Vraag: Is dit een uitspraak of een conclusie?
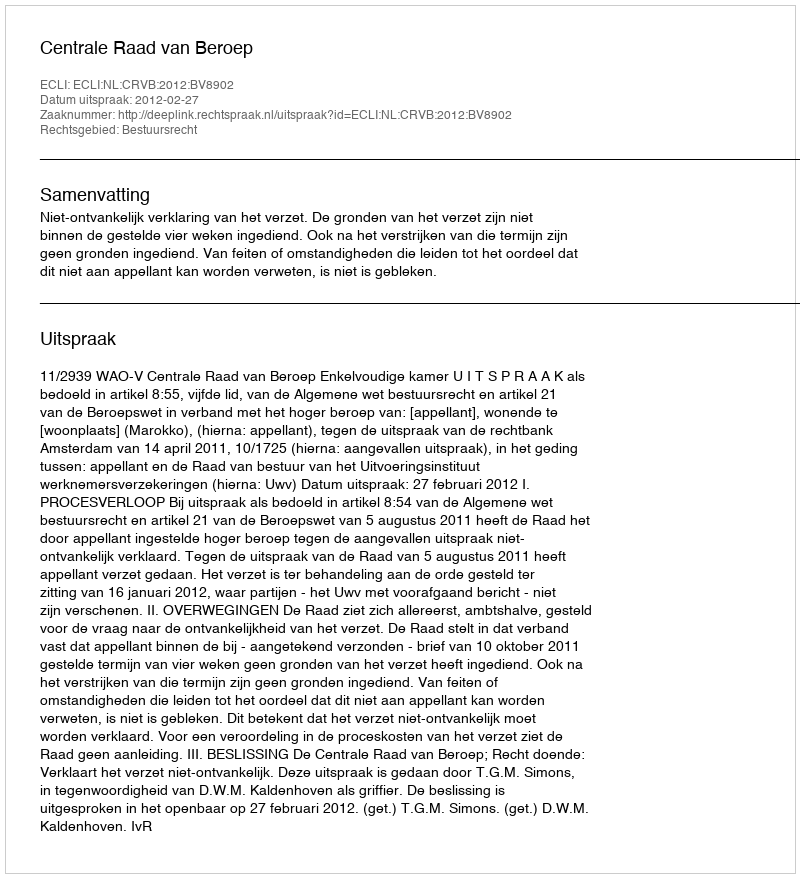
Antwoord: Uitspraak